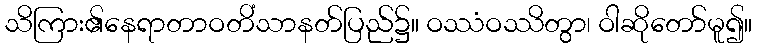
သိကြား၏နေရာတာဝတိံသာနတ်ပြည်၌။ ဝဿံဝဿိတွာ၊ ဝါဆိုတော်မူ၍။